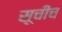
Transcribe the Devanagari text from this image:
सूचीच